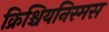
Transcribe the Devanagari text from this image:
क्रिश्चियनिस्मस